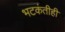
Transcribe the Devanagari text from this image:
भटकंतीही